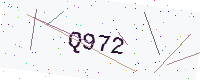
Text: Q972